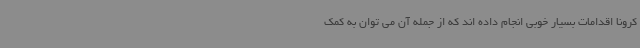
کرونا اقدامات بسیار خوبی انجام داده اند که از جمله آن می توان به کمک